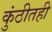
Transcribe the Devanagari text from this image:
कुंठीतही